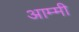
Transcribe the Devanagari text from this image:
आम्मी